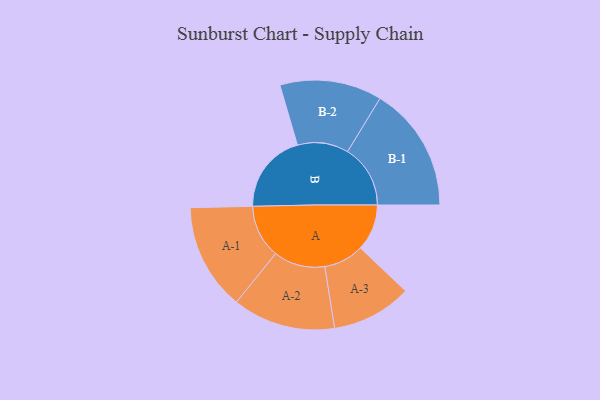
{"axis": {"x": "Segment", "y": "Value"}, "legend": ["", "A", "B"], "data": [{"x": "A", "y": 123, "type": ""}, {"x": "B", "y": 212, "type": ""}, {"x": "A-1", "y": 141, "type": "A"}, {"x": "A-2", "y": 136, "type": "A"}, {"x": "A-3", "y": 106, "type": "A"}, {"x": "B-1", "y": 166, "type": "B"}, {"x": "B-2", "y": 135, "type": "B"}]}